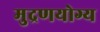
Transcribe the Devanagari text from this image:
मुद्रणयोग्य